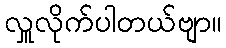
လှူလိုက်ပါတယ်ဗျာ။